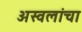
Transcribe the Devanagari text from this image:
अस्वलांचा